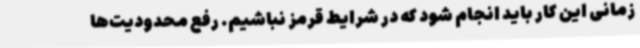
زمانی این کار باید انجام شود که در شرایط قرمز نباشیم. رفع محدودیت‌ها